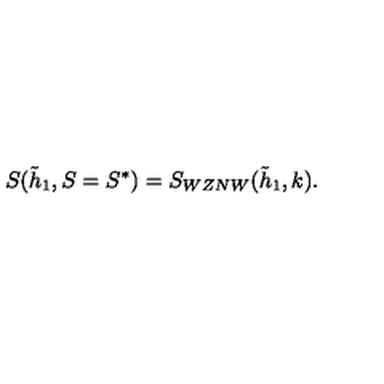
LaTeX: S ( \tilde { h } _ { 1 } , S = S ^ { * } ) = S _ { W Z N W } ( \tilde { h } _ { 1 } , k ) .